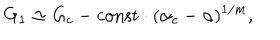
LaTeX: G _ { 1 } \simeq G _ { c } - \mathrm { c o n s t } \cdot ( \alpha _ { c } - \alpha ) ^ { 1 / m } ,